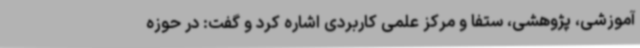
آموزشی، پژوهشی، ستفا و مرکز علمی کاربردی اشاره کرد و گفت: در حوزه